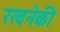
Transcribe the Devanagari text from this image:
रखनेकी